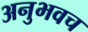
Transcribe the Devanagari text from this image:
अनुभवच